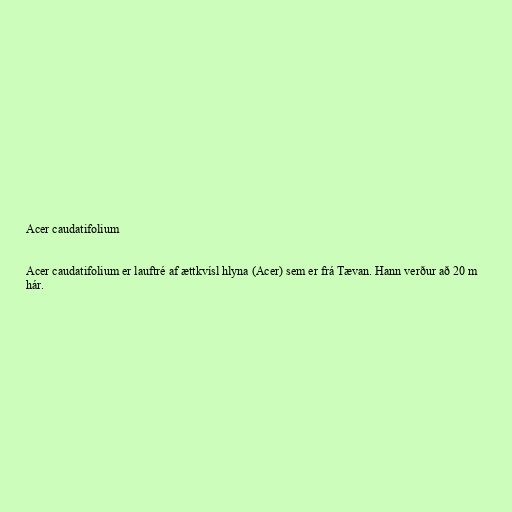
Acer caudatifolium

Acer caudatifolium er lauftré af ættkvísl hlyna (Acer) sem er frá Tævan. Hann verður að 20 m
hár.